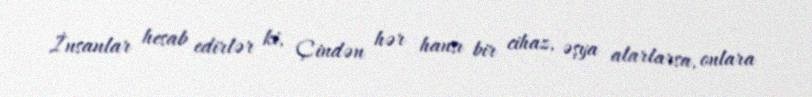
İnsanlar hesab edirlər ki, Çindən hər hansı bir cihaz, əşya alarlarsa, onlara